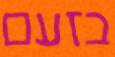
בזעם